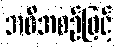
အစီအစဉ်ဖြင့်